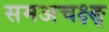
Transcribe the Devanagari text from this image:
समअचक्ष्ङ्